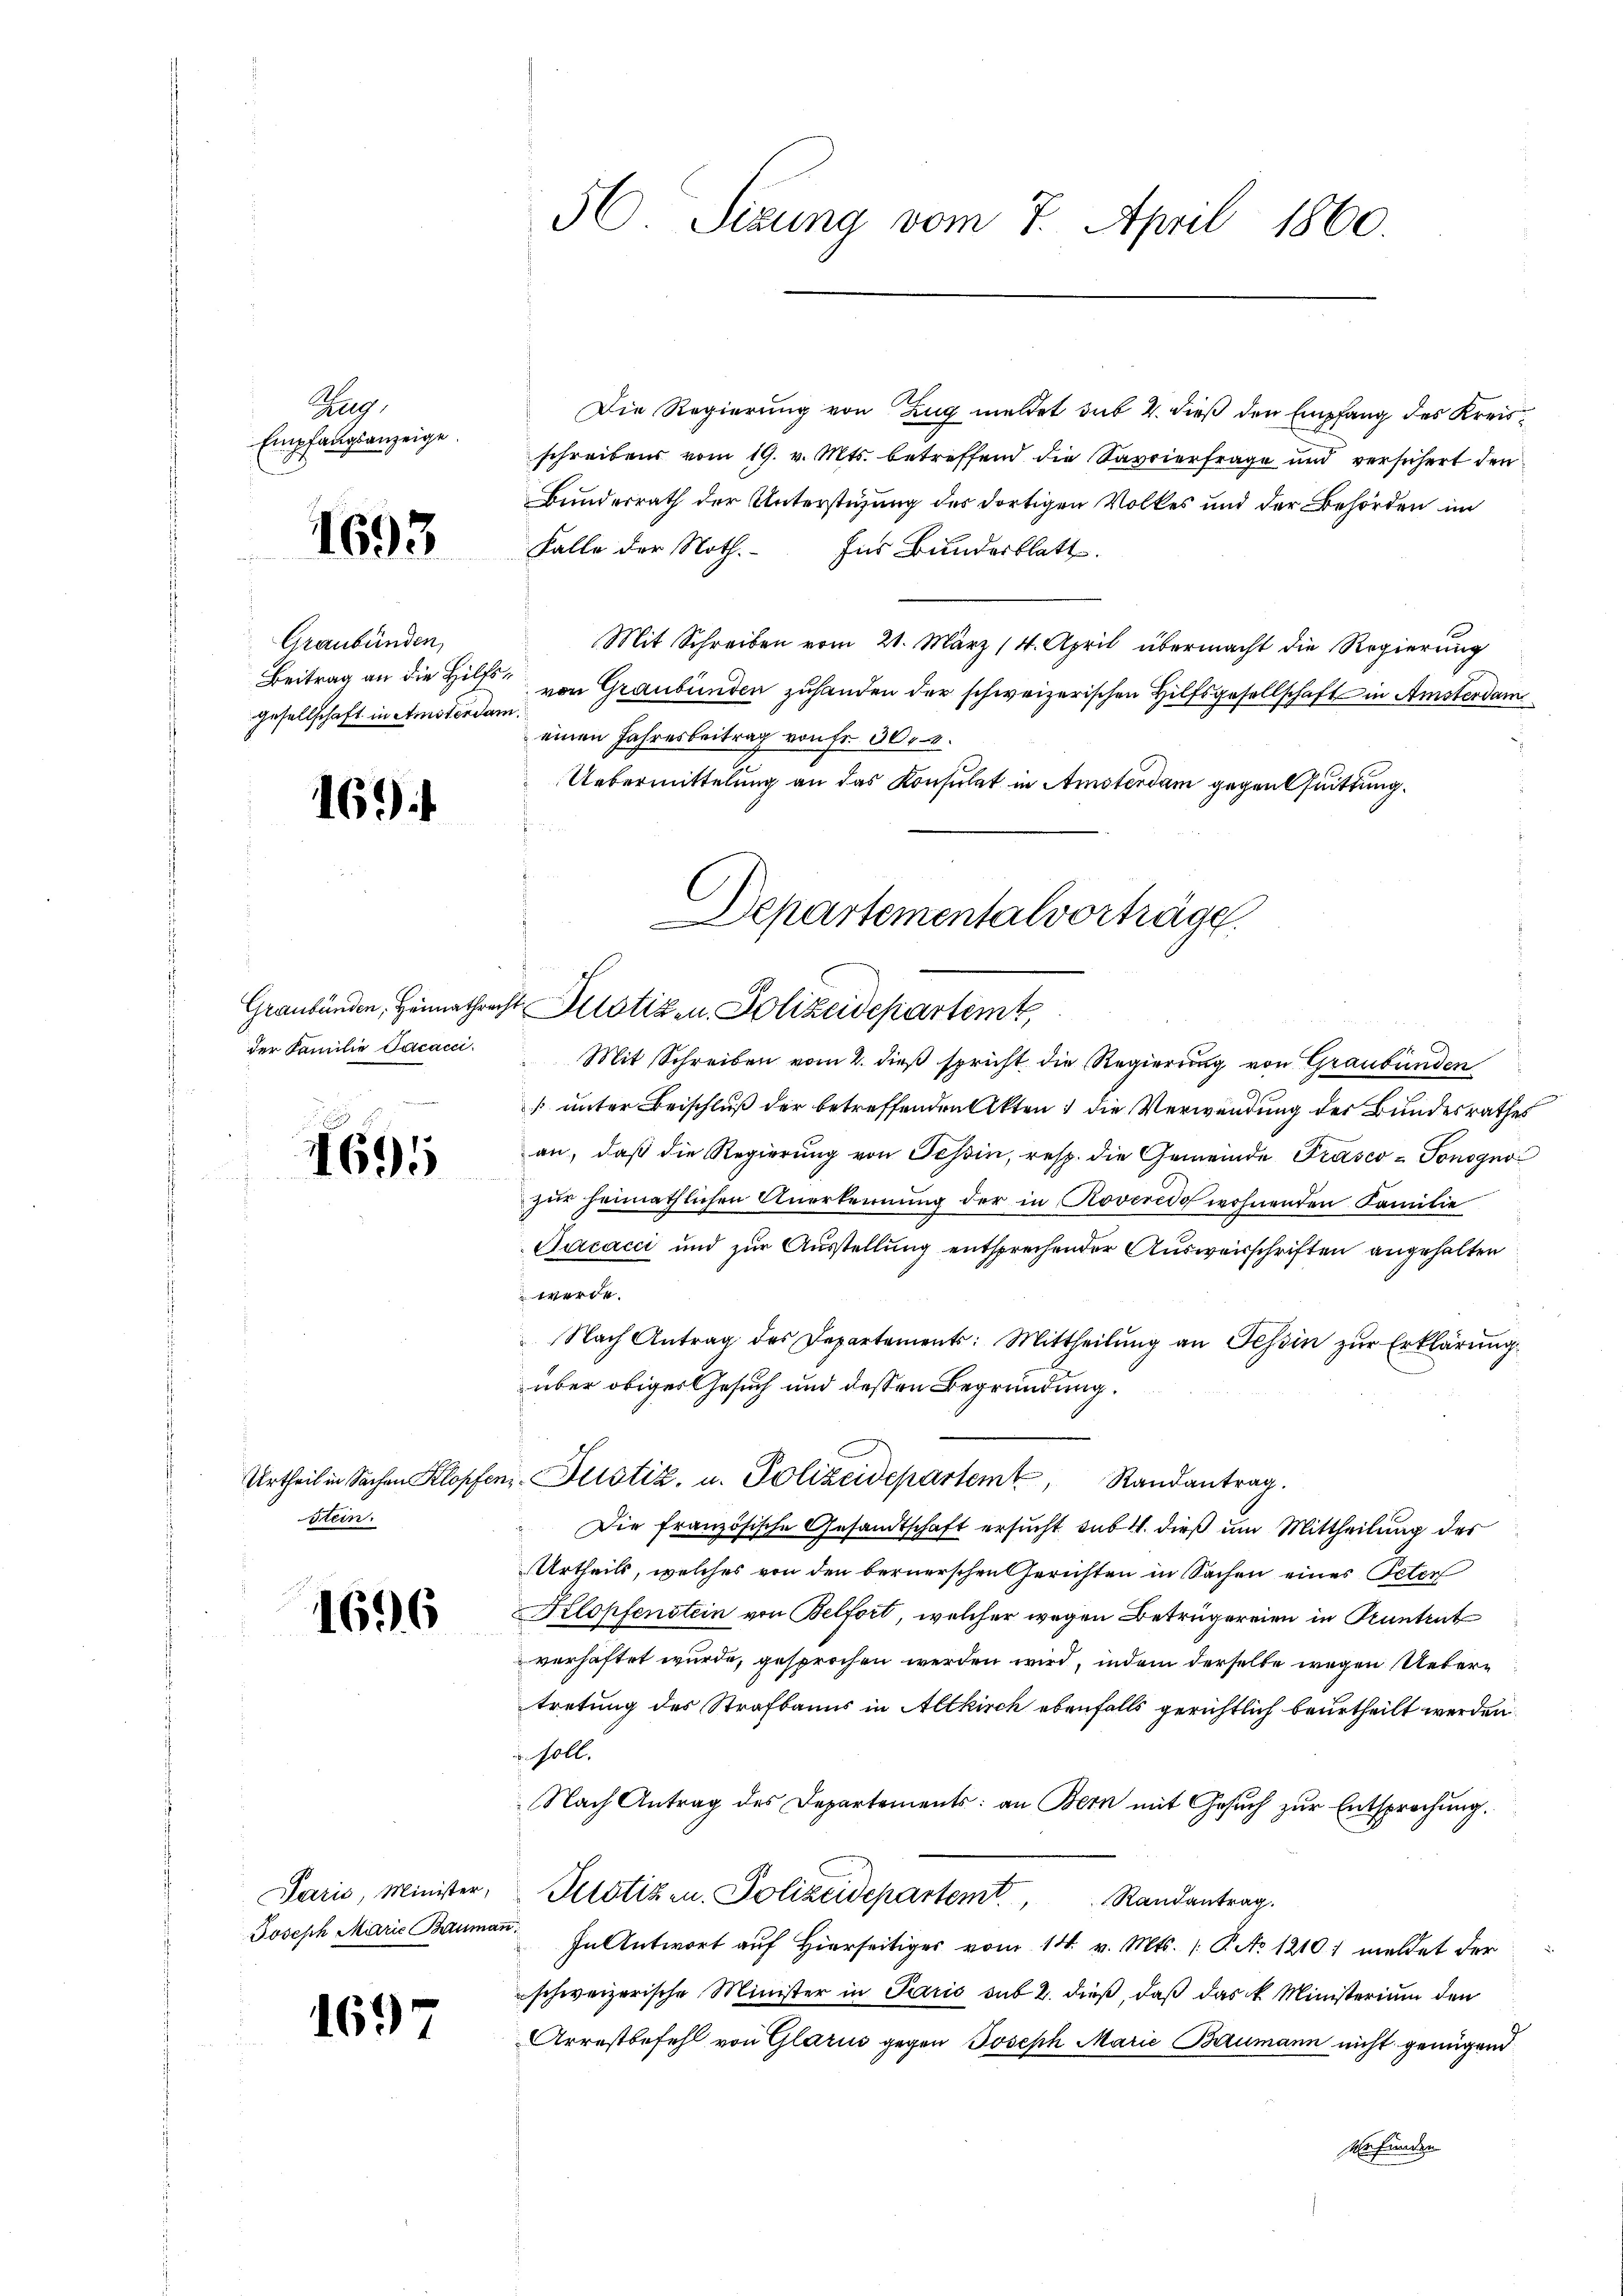
Rag
Empfangsanzeige.
.

1693.

Graubünden,
Beitrag an die Hilfgesellschaft in Amsterdam.

169

der Familie Jacacci

695

stein.

1696

Joseph Marie Baumann

1697

Bunderrath der Unterstüzung des dortigen Volkes und der Behörden im
Falle der Noth.- Ins Bundesblatt.
Mit Schreiben vom 21. März (4. April übermacht die Regierŭng
ges
von Graubünden zuhanden der schweizerischen Hilfsgesellschaft in Amsterdam
einen Jahresbeitrag von fr. 304.
Uebermittelung an das Konsulat in Amsterdam gegen Quittung.
Departementalvorträge.

56. Sizung vom 7. April 1860.

Graubünden, Heimathrecht Plotizen Polizeidepartemt

Urtheil in Sachen Klopfen. Justiz- u. Polizeidepartem Randantrag.

Die Regierung von Zug meldet sub 2. dieß den Empfang des Kreisschreibens vom 19. v. Mts. betreffend die Savrierfrage und versichert den

Mit Schreiben vom 2. dieß spricht die Regierung von Graubünden
[unter Beischluß der betreffenden Akten die Verwendung der Bundesrathes
an, daß die Regierung von Schin, resp. die Gemeinde Prasco - Ponogno
zur heimathlichen Anerkennung der in Roveredo wohnenden Familie
Jacacci und zur Ausstellung entsprechender Ausweisschriften angehalten
werde.
Nach Antrag des Departements: Mittheilŭng an Tessin zŭr Erklärŭng
über obiges Gesuch und dessen Begründung.
Die französische Gesandtschaft ersucht sub. 4. dieß um Mittheilung des
Urtheils, welches von den bernerschen Gerichten in Sachen eines Peter
Klopfenstein von Belfort, welcher wegen Betrügereien in Kuntrut
verhaftet wurde, gesprochen werden wird, indem derselbe wegen Uebertretung des Strafbanns in Altkirch ebenfalls gerichtlich beurtheilt werden
 soll.
Nach Antrag des Departements: an Bern mit Gesuch zur Entsprechung.
Paris, Minister, Plotizen. Polizeidepartemt, Randantrag.
In Antwort auf Hierseitiger vom 14. v. Mts. (T. No 1210) meldet der
schweizerische Minister in Paris sub 2. dieß, daß das k. Ministerium den
Arrestbefehl von Glarus gegen Joseph Marie Baumann nicht genügend
gefunden